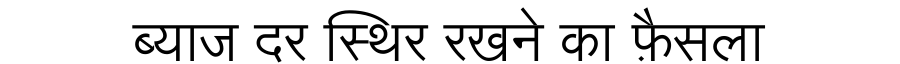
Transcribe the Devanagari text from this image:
ब्याज दर स्थिर रखने का फ़ैसला